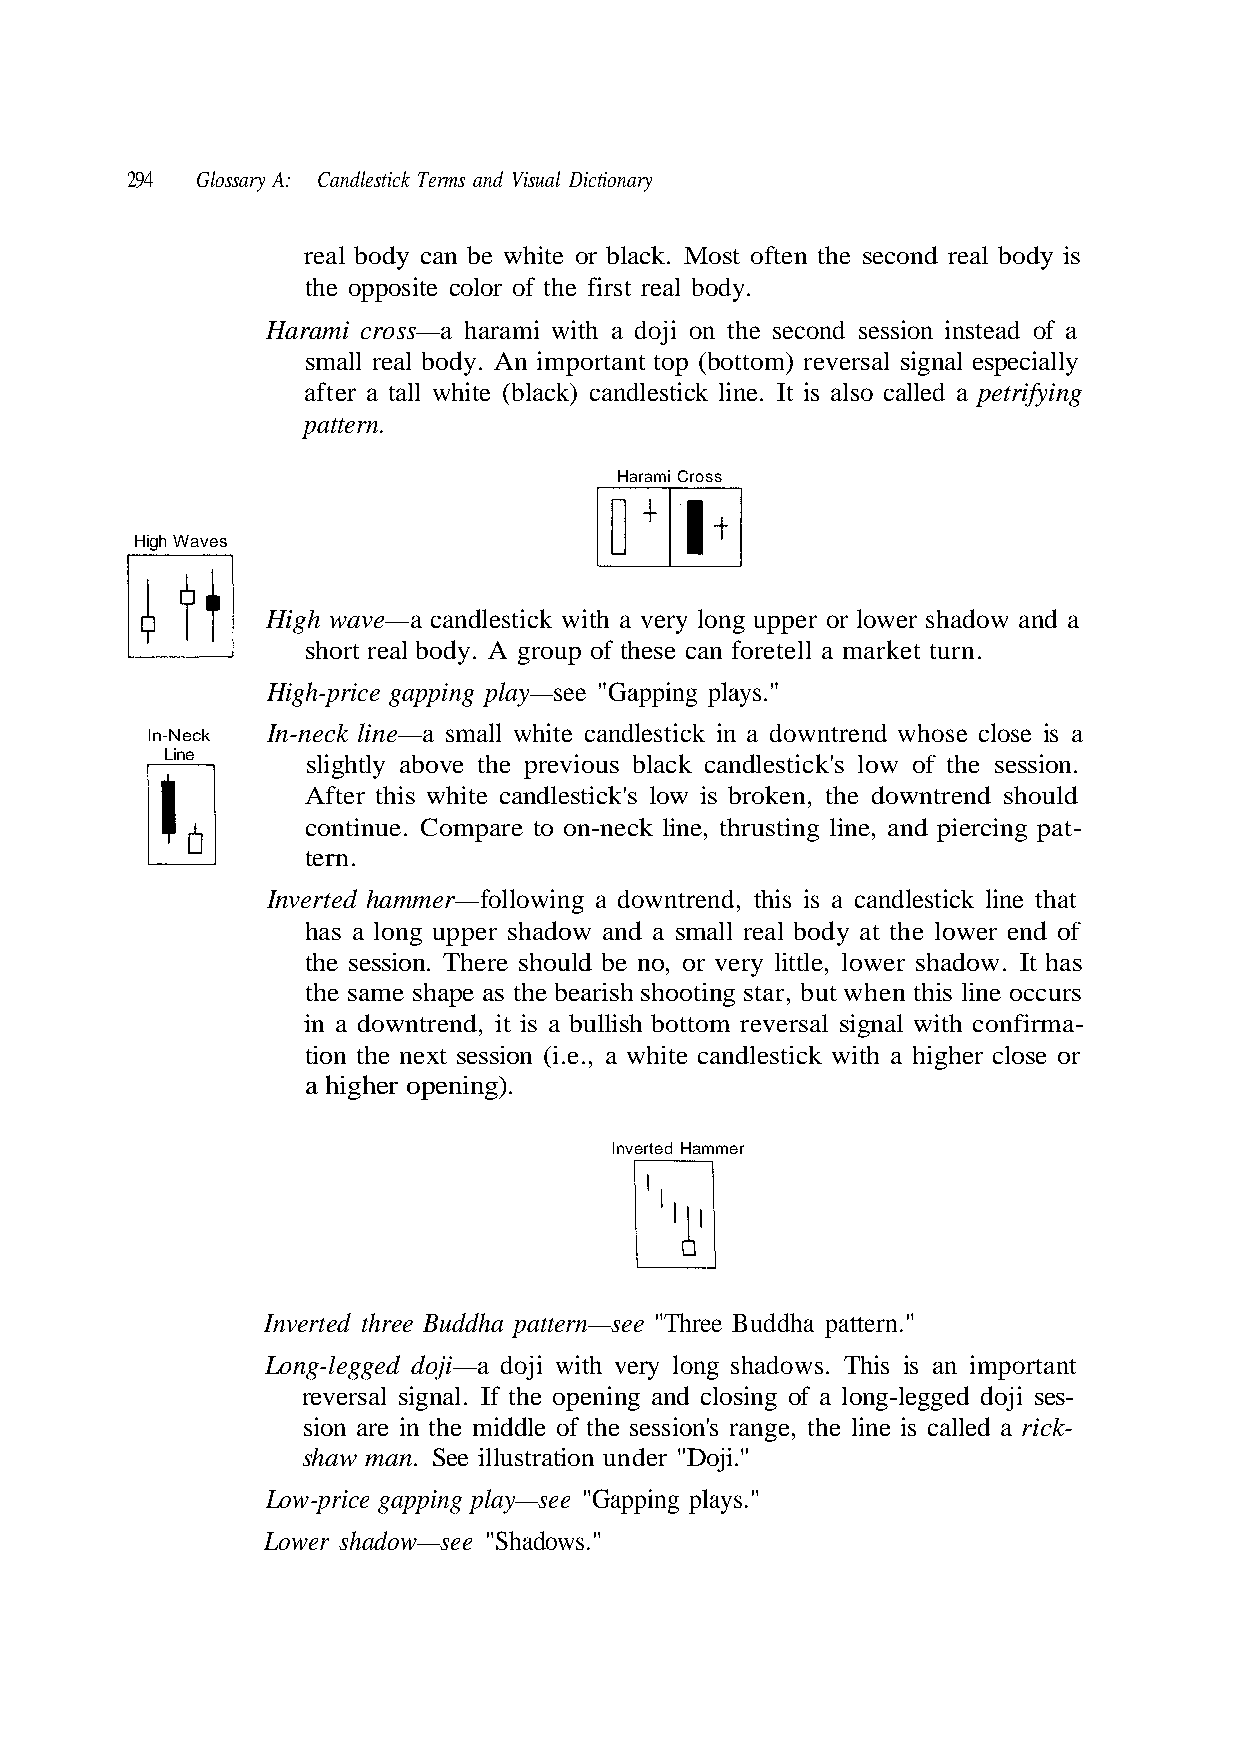
294  Glossary A: Candlestick Terms and Visual Dictionary
 real body can be white or black. Most often the second real body is
 the opposite color of the first real body.
 Harami cross—a harami with a doji on the second session instead of a
 small real body. An important top (bottom) reversal signal especially
 after a tall white (black) candlestick line. It is also called a petrifying
 pattern.
 High Waves
 High-price gapping play—see "Gapping plays."
 In-neck line—a small white candlestick in a downtrend whose close is a
 In-Neck
 Line
 After this white candlestick's low is broken, the downtrend should
 continue. Compare to on-neck line, thrusting line, and piercing pat-
 tern.
 Inverted hammer—following a downtrend, this is a candlestick line that
 has a long upper shadow and a small real body at the lower end of
 the same shape as the bearish shooting star, but when this line occurs
 in a downtrend, it is a bullish bottom reversal signal with confirma-
 a higher opening).
 Inverted three Buddha pattern—see "Three Buddha pattern."
 Long-legged doji—a doji with very long shadows. This is an important
 shaw man. See illustration under "Doji."
 - s e s i
 a
 j o
 d
 d
 n
 s
 a
 a h
 d
 w
 e-
 ado
 w. It
 egg
 rick
 sh
 o
 -la
 er
 ad
 ng
 ed
 w
 h
 o
 ll
 lo
 on.
 r s
 a l
 ca
 a very long upper or
 stick's low of the sessi
 or very little, lowe
 g and closing of
 n's range, the line is
 ing plays."
 ith
 ndle
 no,
 ose or
 nin
 ssio
 Gapp
 High wave—a candlestick w
 short real body. A group of these can foretell a market turn.
 slightly above the previous black ca
 the session. There should be
 tion the next session (i.e., a white candlestick with a higher cl
 reversal signal. If the ope
 sion are in the middle of the se
 Low-price gapping play—see "
 Lower shadow—see "Shadows."
 er
 s
 m
 s o
 m
 r
 a
 C
 H
 mi
 ed
 Hara
 Invert